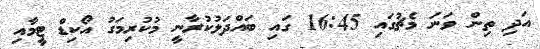
އަދި ތިން ވަނަ މެޗުގައި 16:45 ގައި ބައްދަލުކުރާނީ މުކުރިމަގު އޯކިޑް ޓީމާއި